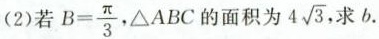
(2)若 $$B= \frac{\pi}{3}$$,\triangle ABC的面积为4 \sqrt{3},求b.